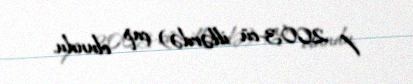
/ 2003-cü illərdə) çap olundu.